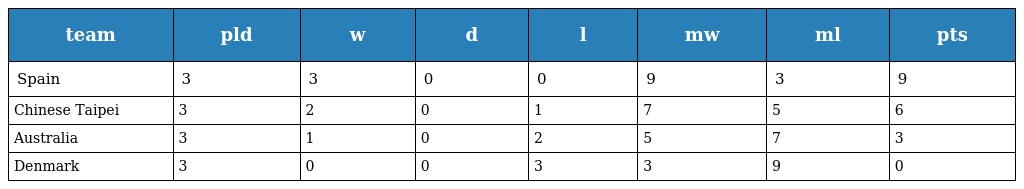
| team | pld | w | d | l | mw | ml | pts |
 | --- | --- | --- | --- | --- | --- | --- | --- |
 | Spain | 3 | 3 | 0 | 0 | 9 | 3 | 9 |
 | Chinese Taipei | 3 | 2 | 0 | 1 | 7 | 5 | 6 |
 | Australia | 3 | 1 | 0 | 2 | 5 | 7 | 3 |
 | Denmark | 3 | 0 | 0 | 3 | 3 | 9 | 0 |